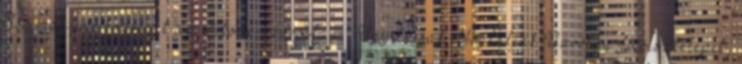
elsõ magyar községet az Ojtozi-szorosban . Ugyancsak elfoglalják Úzvölgy-fûrésztelepet,